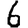
Digit: 6